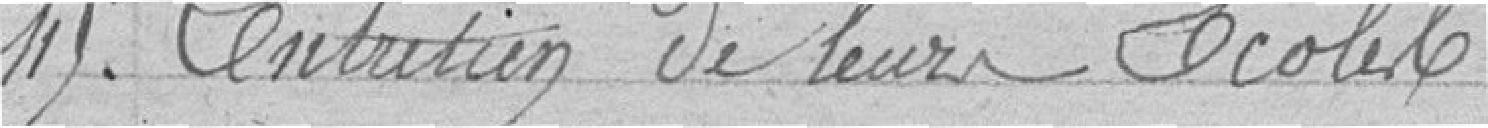
45. Entretien de leurs écoles.